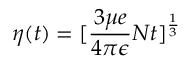
\eta ( t ) = [ \frac { 3 \mu e } { 4 \pi \epsilon } N t ] ^ { \frac { 1 } { 3 } }